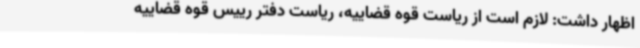
اظهار داشت: لازم است از ریاست قوه قضاییه، ریاست دفتر رییس قوه قضاییه